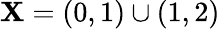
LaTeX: \mathbf{X}=(0,1)\cup(1,2)